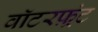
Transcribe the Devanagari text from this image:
वाॅटरफ़्रंट